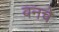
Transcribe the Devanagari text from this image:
वनचे